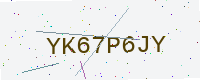
Text: YK67P6JY